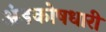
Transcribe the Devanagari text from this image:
अंडकोषधारी